65_HS1-834228961_62-HQ-83894_Serial_130
Agency: FBI
Page 9
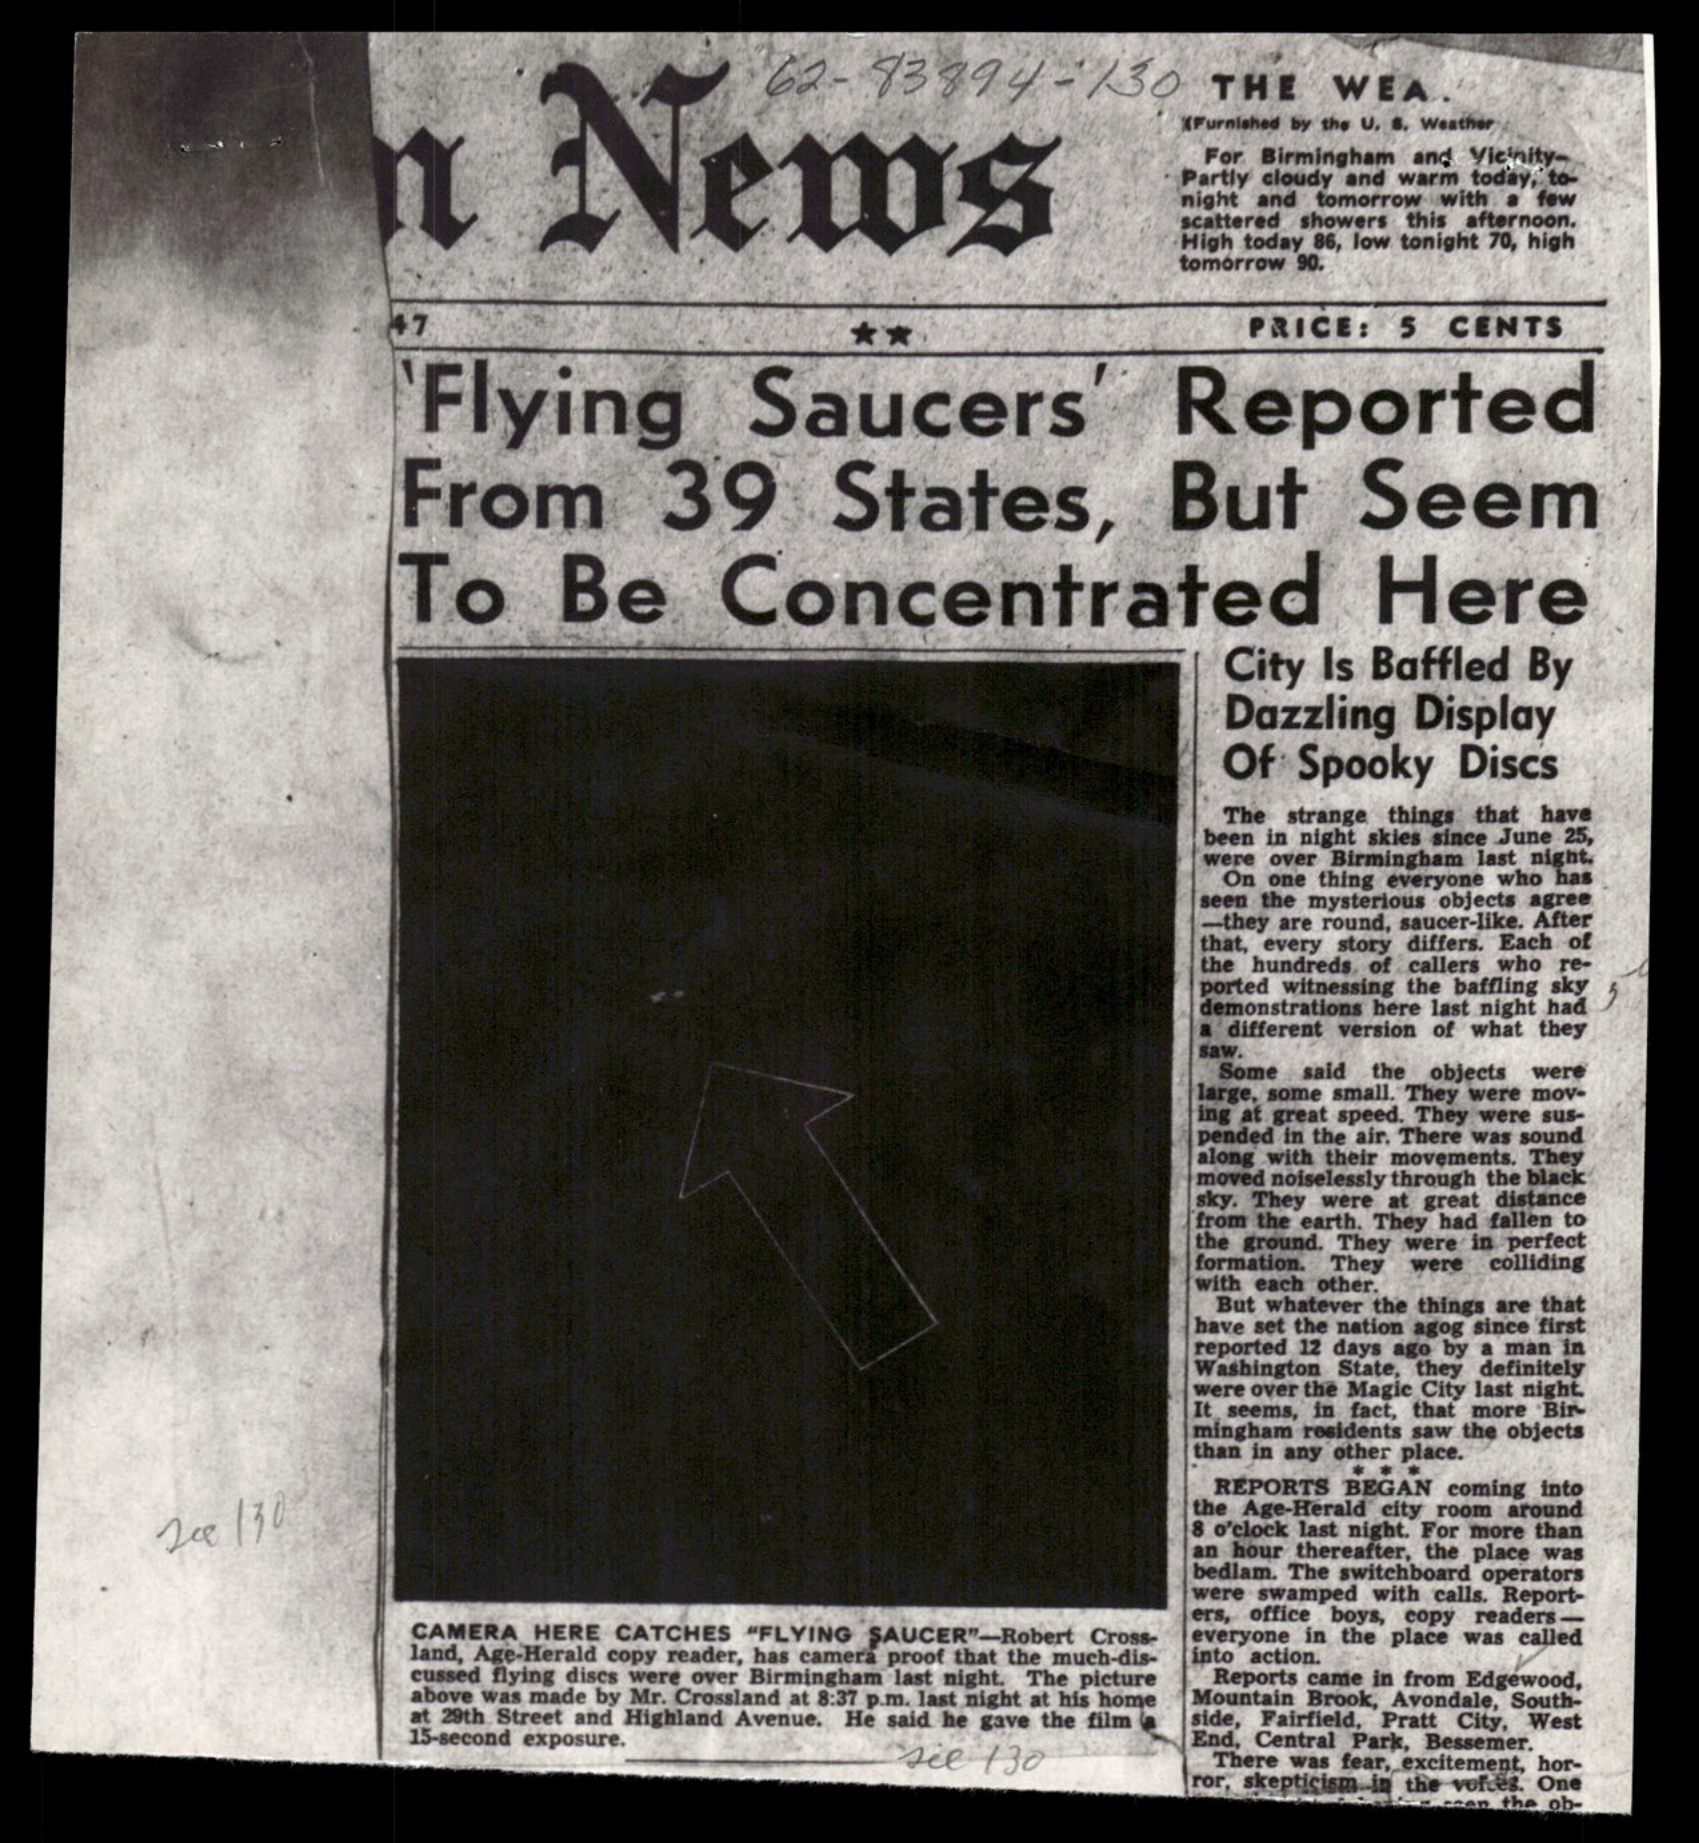